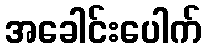
အခေါင်းပေါက်